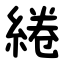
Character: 綣